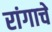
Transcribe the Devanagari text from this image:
रांगाचे